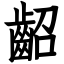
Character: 齠